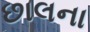
છાલના